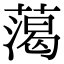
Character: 䔽